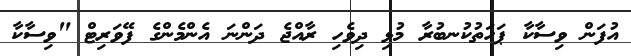
އުފަން ވިސާކާ ޕަހަތުކުނބުރާ މުޅި ދިވެހި ރާއްޖެ ދަންނަ އެންމެންގެ ފޭވަރިޓް "ވިސާކާ